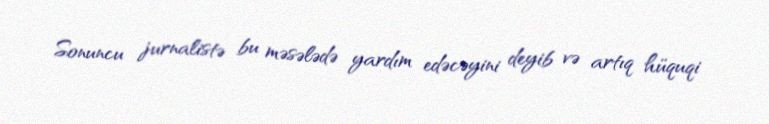
Sonuncu jurnalistə bu məsələdə yardım edəcəyini deyib və artıq hüquqi